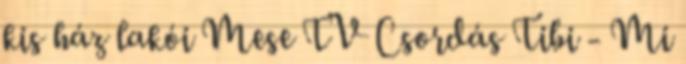
kis ház lakói Mese TV Csordás Tibi - Mi